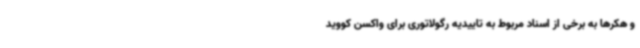
و هکرها به برخی از اسناد مربوط به تاییدیه رگولاتوری برای واکسن کووید